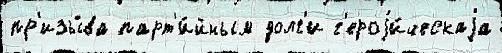
пр'изы́ва парт'и́йным долг'и г'ероjи́ческаjа